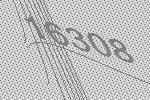
16308